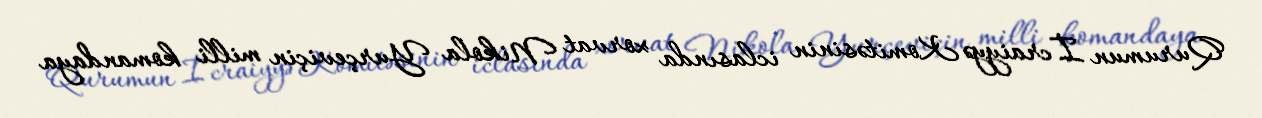
Qurumun İcraiyyə Komitəsinin iclasında xorvat Nikola Yurçeviçin milli komandaya